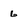
Character: 6